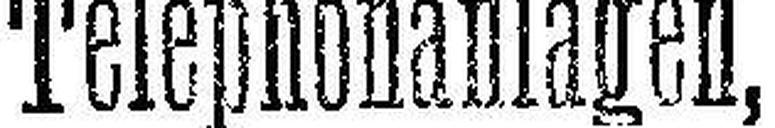
Telephonanlagen,